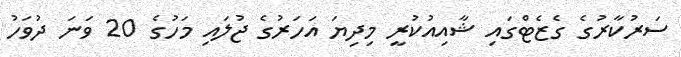
ސަރުކާރުގެ ގެޒެޓްގައި ޝާއިއުކުރީ މިދިޔަ އަހަރުގެ ޖުލައި މަހުގެ 20 ވަނަ ދުވަހު